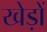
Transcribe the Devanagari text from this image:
खेड़ों